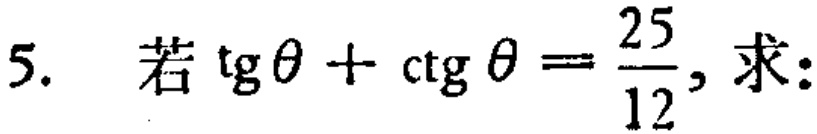
5. 若\(\text{tg}\theta+\text{ctg}\theta = \frac{25}{12}\), 求: